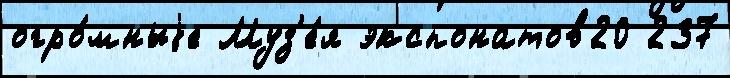
огро́мныjе Муз'е́я экспонатов20 237